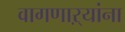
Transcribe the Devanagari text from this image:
वागणाऱ्यांना